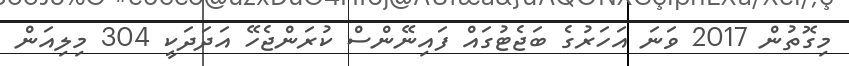
މިގޮތުން 2017 ވަނަ އަހަރުގެ ބަޖެޓުގައް ފައިނޭންސް ކުރަންޖެހޭ އަދަދަކީ 304 މިލިއަން